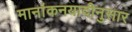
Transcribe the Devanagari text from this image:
मानांकनयादीनुसार